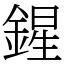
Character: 鍟